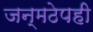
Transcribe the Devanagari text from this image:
जन्मठेपही